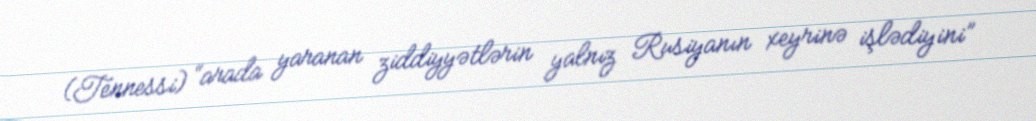
(Tennessi) “arada yaranan ziddiyyətlərin yalnız Rusiyanın xeyrinə işlədiyini”